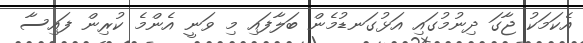
އެކަމަކު ޖާގަ ދިނުމުގައި އަޅުގަނޑުމެން ބަލާފައި މި ވަނީ އެންމެ ކުރިން ފައިސާ